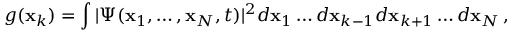
g ( { \bf x } _ { k } ) = \int | \Psi ( { \bf x } _ { 1 } , \ldots , { \bf x } _ { N } , t ) | ^ { 2 } d { \bf x } _ { 1 } \ldots d { \bf x } _ { k - 1 } d { \bf x } _ { k + 1 } \ldots d { \bf x } _ { N } \, ,